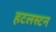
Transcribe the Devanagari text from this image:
हटलस्टन